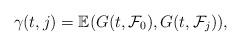
LaTeX: \begin{align*}\gamma(t,j)=\mathbb{E}(G(t, \mathcal{F}_0), G(t, \mathcal{F}_{j})),\end{align*}